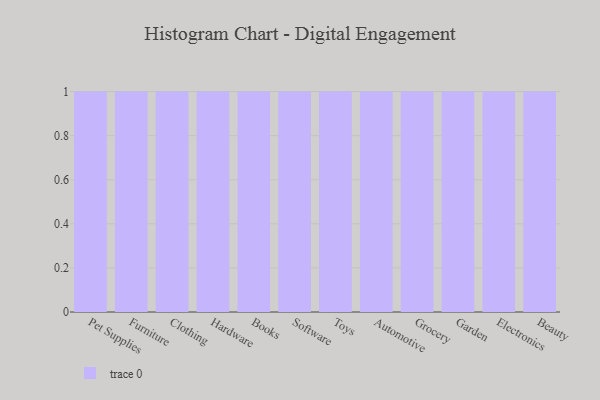
{"axis": {"x": "Category", "y": "Humidity (%)"}, "legend": [""], "data": [{"x": "Pet Supplies", "y": 83, "type": ""}, {"x": "Furniture", "y": 64, "type": ""}, {"x": "Clothing", "y": 53, "type": ""}, {"x": "Hardware", "y": 16, "type": ""}, {"x": "Books", "y": 66, "type": ""}, {"x": "Software", "y": 43, "type": ""}, {"x": "Toys", "y": 3, "type": ""}, {"x": "Automotive", "y": 86, "type": ""}, {"x": "Grocery", "y": 39, "type": ""}, {"x": "Garden", "y": 86, "type": ""}, {"x": "Electronics", "y": 92, "type": ""}, {"x": "Beauty", "y": 65, "type": ""}]}